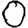
Digit: 0